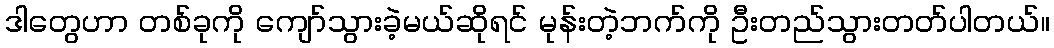
ဒါတွေဟာ တစ်ခုကို ကျော်သွားခဲ့မယ်ဆိုရင် မုန်းတဲ့ဘက်ကို ဦးတည်သွားတတ်ပါတယ်။